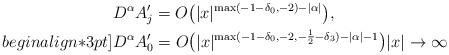
LaTeX: \begin{align*}&D ^\alpha A'_j=O\bigl(|x|^{\max (-1-\delta_0,-2)-|\alpha|}\bigr),\\begin{align*}3pt]&D ^\alpha A'_0=O\bigl(|x|^{\max (-1-\delta_0,-2,-\frac{1}{2}-\delta_3)-|\alpha|-1}\bigr)|x|\to \infty\end{align*}